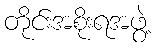
တိုင်းအစိုးရအဖွဲ့